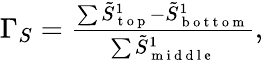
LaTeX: \begin{array}{r}{\Gamma_{S}=\frac{\sum\tilde{S}_{\mathrm{~t~o~p~}}^{1}-\tilde{S}_{\mathrm{~b~o~t~t~o~m~}}^{1}}{\sum\tilde{S}_{\mathrm{~m~i~d~d~l~e~}}^{1}},}\end{array}